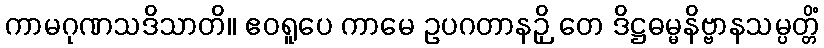
ကာမဂုဏသဒိသာတိ။ ဧဝရူပေ ကာမေ ဥပဂတာနဉှိ တေ ဒိဋ္ဌဓမ္မနိဗ္ဗာနသမ္ပတ္တိံ